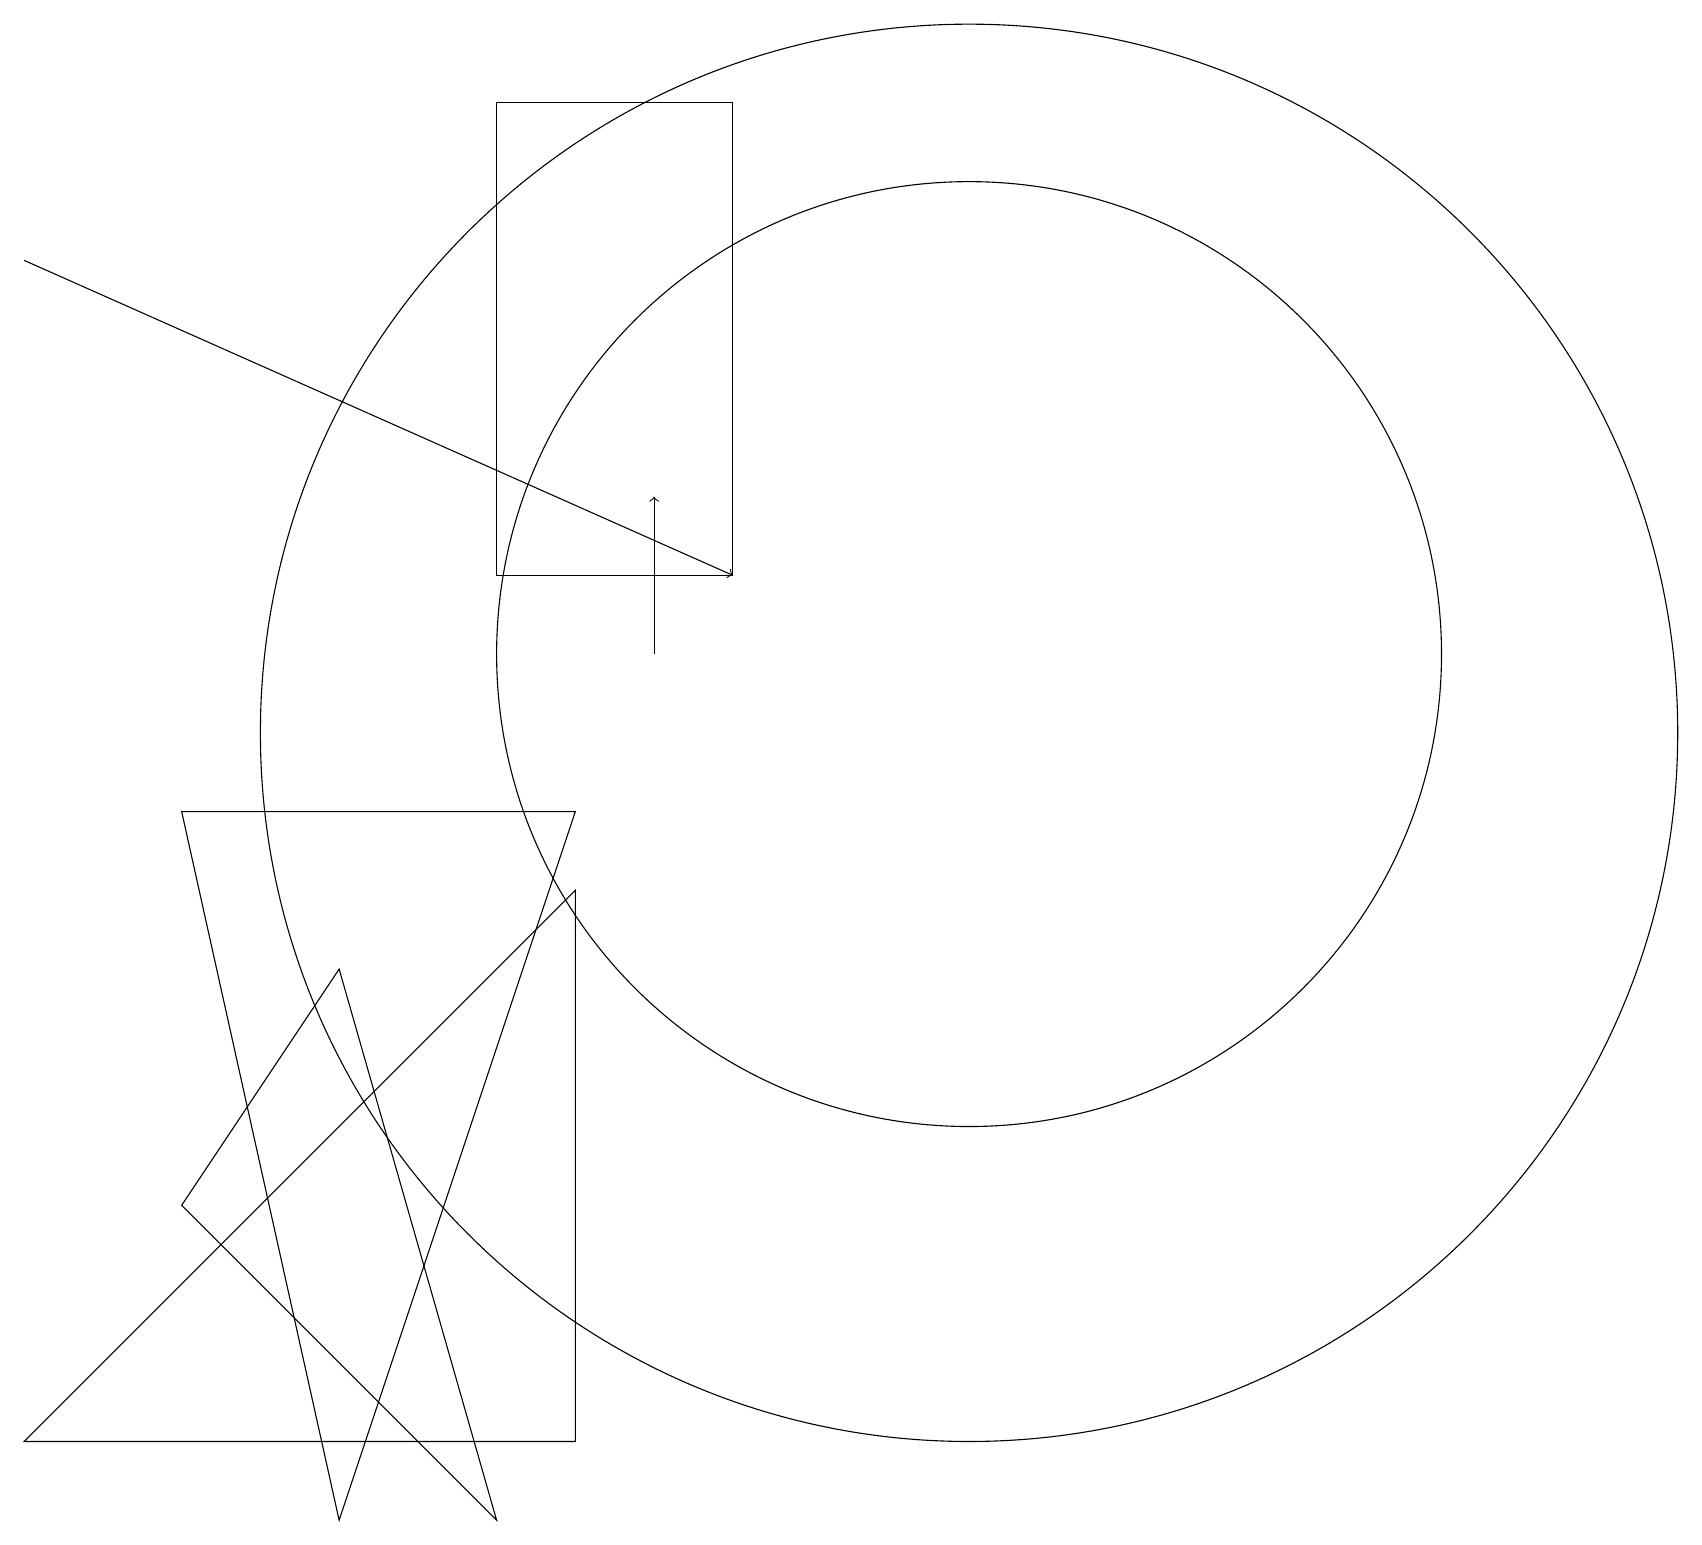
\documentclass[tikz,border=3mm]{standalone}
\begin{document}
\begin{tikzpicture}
\draw[->] (8,11) -- (8,13);
\draw (2,4) -- (4,7) -- (6,0) -- cycle;
\draw (2,9) -- (7,9) -- (4,0) -- cycle;
\draw (12,11) circle (6);
\draw (12,10) circle (9);
\draw (7,8) -- (7,1) -- (0,1) -- cycle;
\draw[->] (0,16) -- (9,12);
\draw (6,18) rectangle (9,12);
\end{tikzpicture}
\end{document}